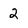
Character: 2